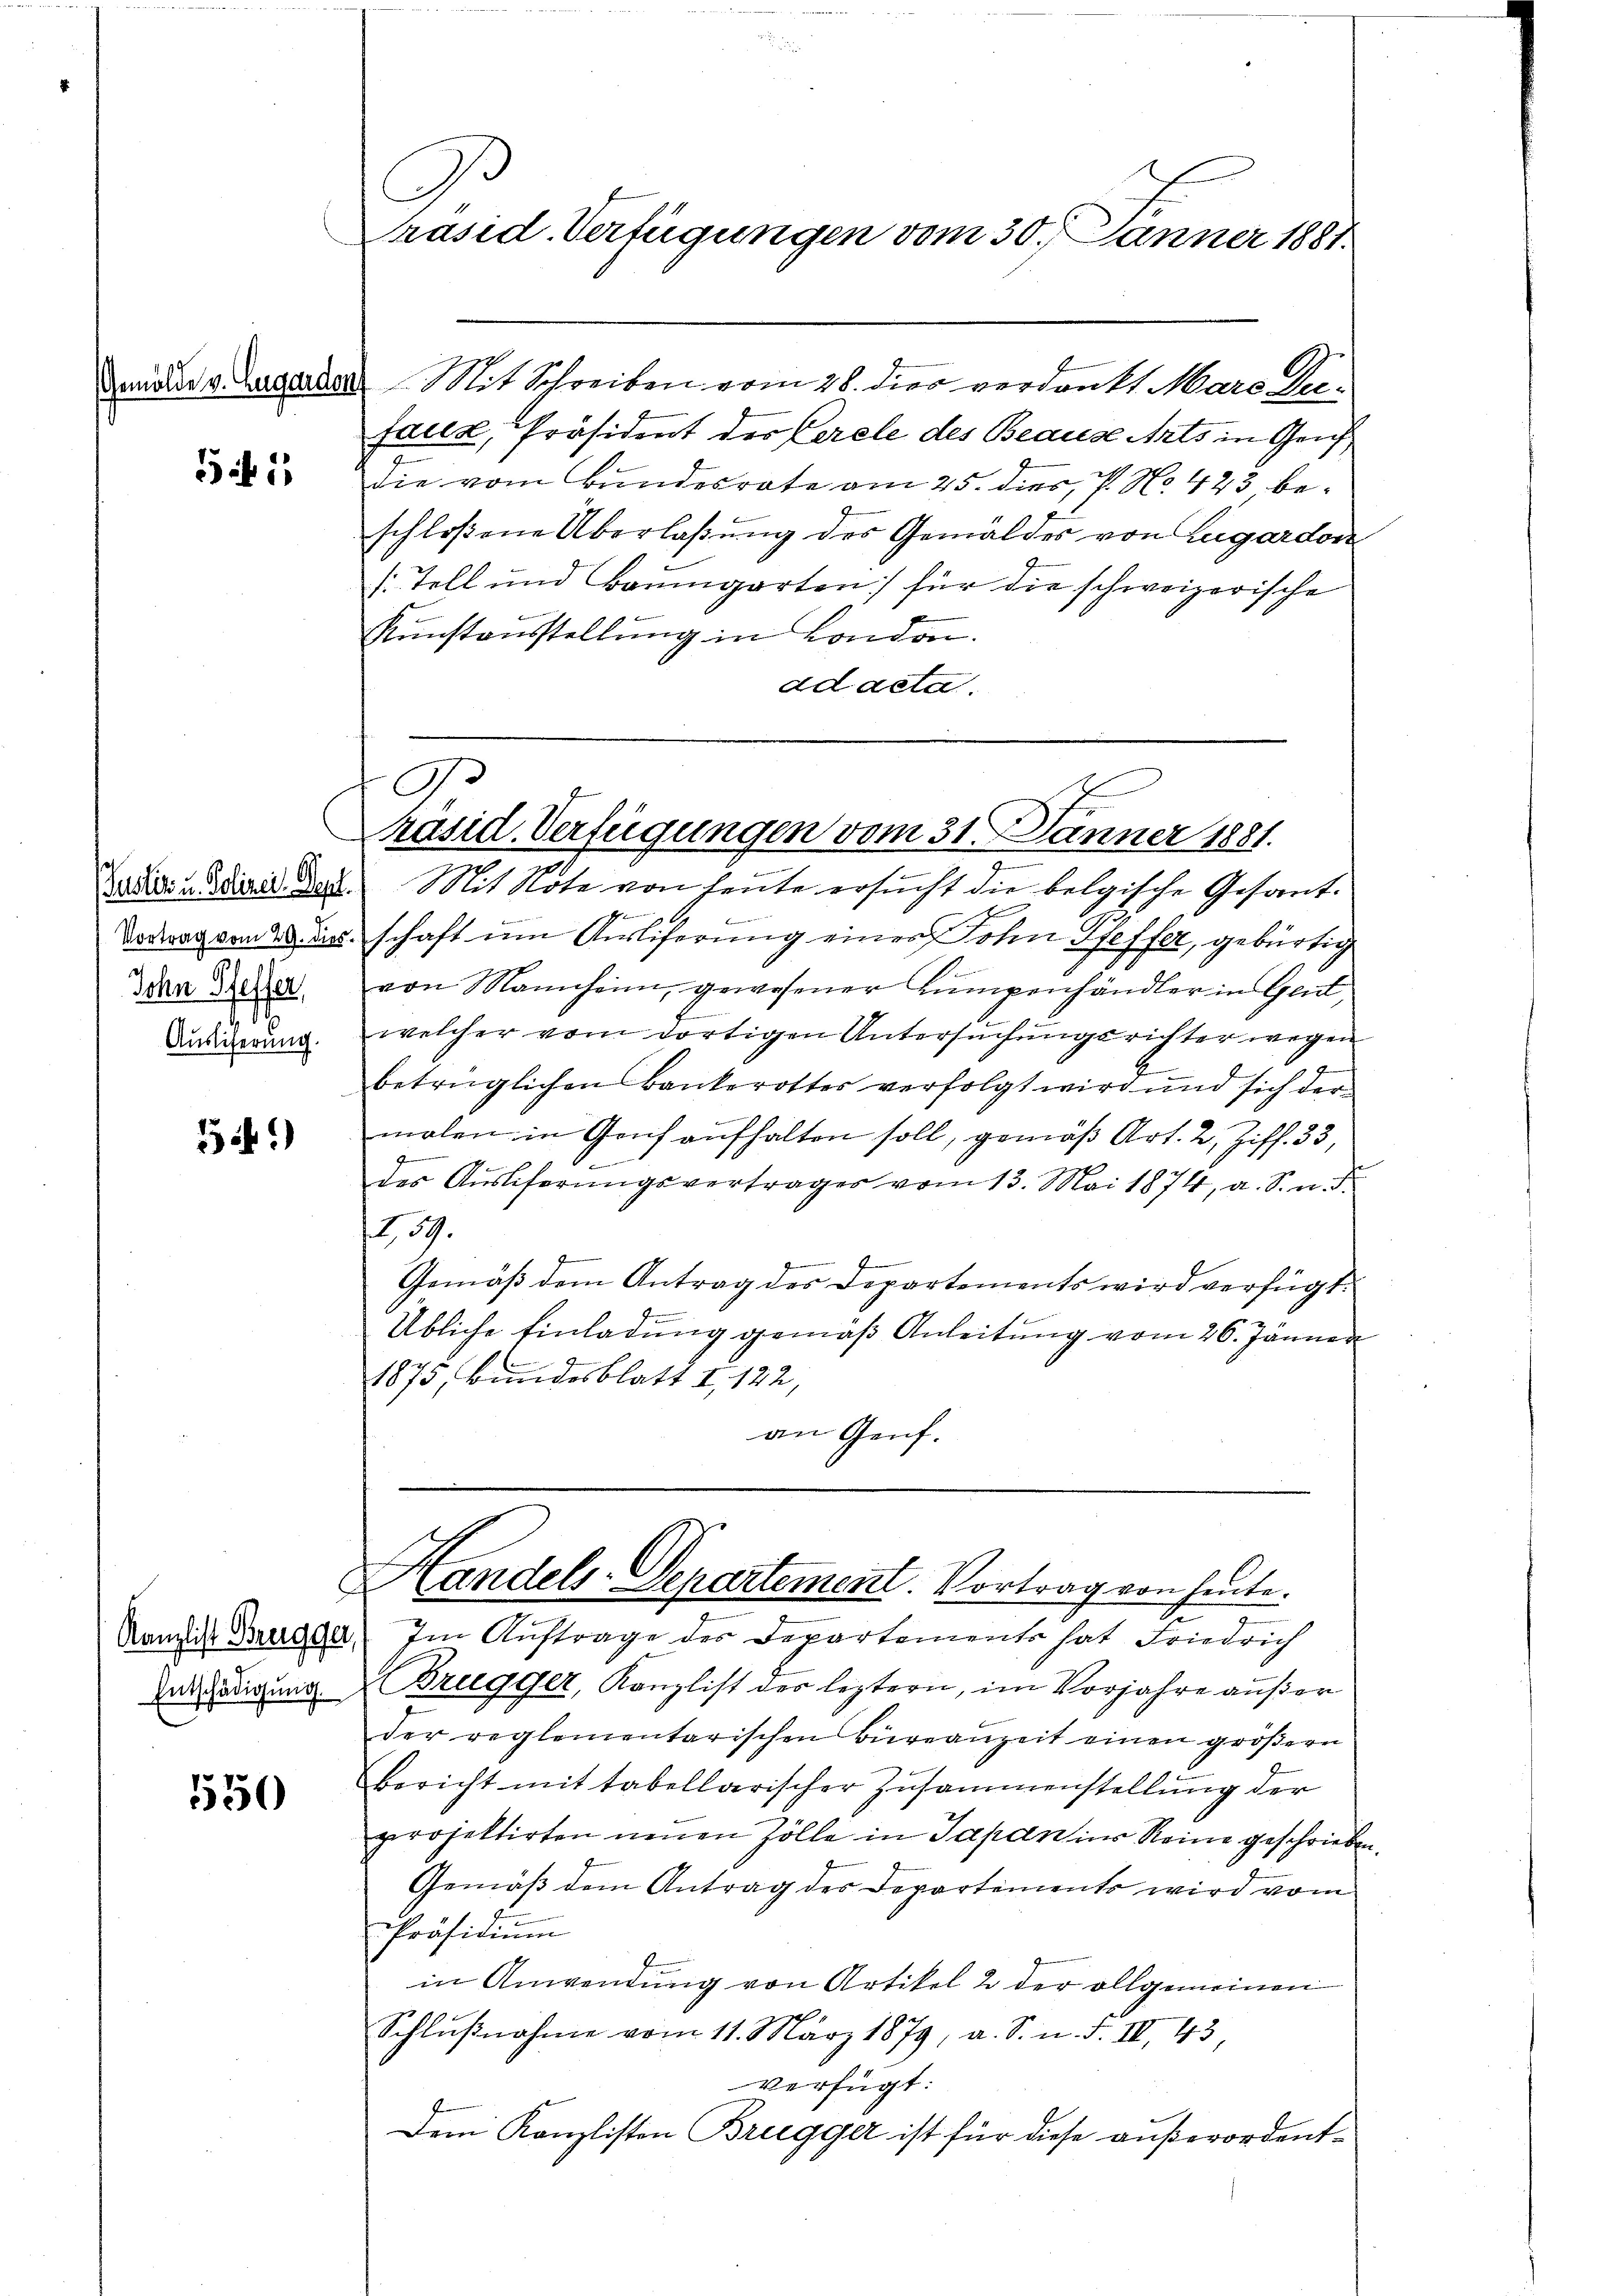
15 f 1

Vortrag vom 29. dies
Ichn Pfeffer,
11
Auslieferung.

54)

1550

G
Präsid. Verfügungen vom 30. Jänner 1881.

demauer v. Augenden Mit Schreiben vom 28. dies verdankt Mare Desauer, Präsident der Cerele des Beause Arts in Gruf
die vom Bundesrate am 25. dies, P. No. 423, beschloßene Überlaßung des Gemälder von Lugardon
s. Tell und Baumgarten für die schweizerische
Kunstausstellung in London.
ad acta.

Zedici u damit der Mit Note von heute ersucht die belgische Gesant-
x
B
schaft um Anliferung einer Sohn Pfeffer, gebürtig
von Mannheim, gewesener Lumpenhändler in Gent,
welcher vom dortigen Untersuchungsrichter wegen
betrüglichen Bankerottes verfolgt wird und sich der
molen in Genf aufhalten soll, gemäß Art. 2, Ziff. 33,
des Aŭsliferŭngsvertrages vom 13. Mai 1874, a. S. u. d.
59.
Gemäß dem Antrag des Departements wird verfügt:
Übliche Einladung gemäß Anleitung vom 26. Jänner
1875, Bundesblatt I 122,
an Genf.

G.
räsid. Verfügungen vom 31. Jänner 1881.

Handels-Departement. Vortrag von heute.
Kanzlich Brugger Im Aŭftrage des Departements hat Friedrich

Entschädigung Brugger, Kanzlist des leztern, im Vorjahre aŭβer
der reglementarischen Büreaŭzeit einen größern
Bericht mit tabellarischer Zusammenstellung der
projektirten neuen Zölle in Japan ins Reine geschrieben.
Gemäß dem Antrag des Departements wird vom
Präsidium
in Anwendung von Artikel 2 der allgemeinen
Schlŭβnahme vom 11. März 1879, a. S. n. F. IV 43,
verfügt:
Dem Kanzlisten Bregger ist für diese außerordent¬